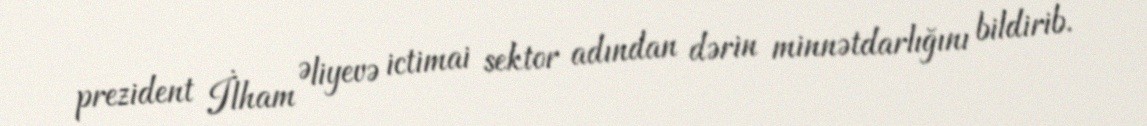
prezident İlham Əliyevə ictimai sektor adından dərin minnətdarlığını bildirib.